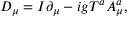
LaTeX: D _ { \mu } = I \partial _ { \mu } - i g T ^ { a } A _ { \mu } ^ { a } ,